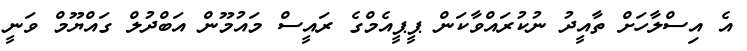
އެ އިސްލާހަށް ތާއީދު ނުކުރައްވާކަން ޕީޕީއެމްގެ ރައީސް މައުމޫން އަބްދުލް ގައްޔޫމް ވަނީ